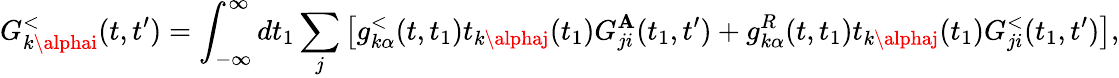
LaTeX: G_{k\alphai}^{<}(t,t^{\prime})=\int_{-\infty}^{\infty}dt_{1}\sum_{j}\left[g_{k\alpha}^{<}(t,t_{1})t_{k\alphaj}(t_{1})G_{ji}^{\mathbf{A}}(t_{1},t^{\prime})\right.+\left.g_{k\alpha}^{R}(t,t_{1})t_{k\alphaj}(t_{1})G_{ji}^{<}(t_{1},t^{\prime})\right],